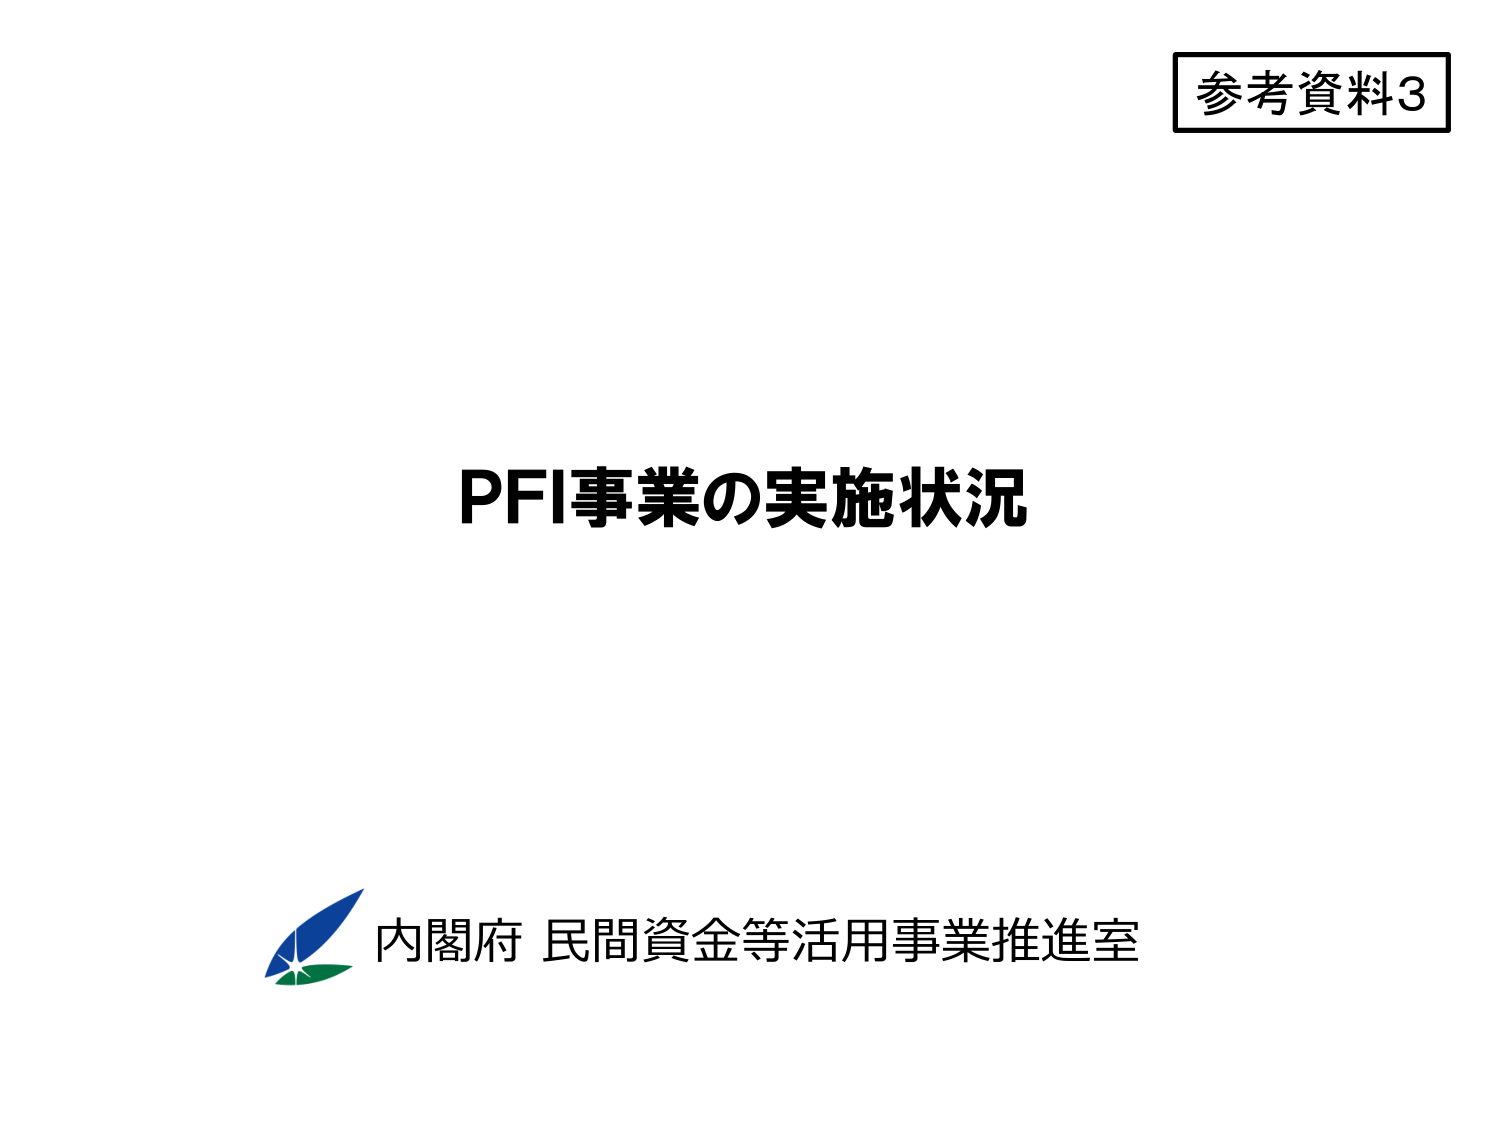
参考資料3
PFI事業の実施状況
内閣府 民間資金等活用事業推進室